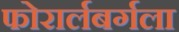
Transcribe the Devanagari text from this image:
फोरार्लबर्गला